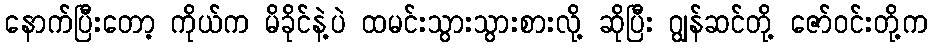
နောက်ပြီးတော့ ကိုယ်က မိခိုင်နဲ့ပဲ ထမင်းသွားသွားစားလို့ ဆိုပြီး ဂျွန်ဆင်တို့ ဇော်ဝင်းတို့က